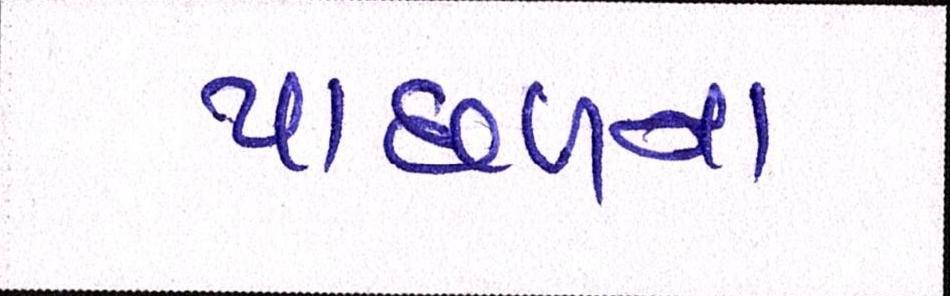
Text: પાછળના